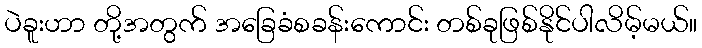
ပဲခူးဟာ တို့အတွက် အခြေခံစခန်းကောင်း တစ်ခုဖြစ်နိုင်ပါလိမ့်မယ်။